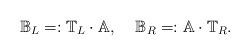
LaTeX: \begin{align*}\mathbb{B}_L=:\mathbb{T}_L\cdot\mathbb{A},\;\;\;\;\mathbb{B}_R=:\mathbb{A}\cdot\mathbb{T}_R.\end{align*}